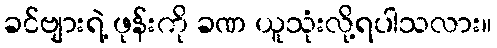
ခင်ဗျားရဲ့ ဖုန်းကို ခဏ ယူသုံးလို့ရပါသလား။